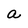
Character: a